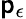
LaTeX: \mathsf{p}_{\epsilon}